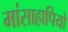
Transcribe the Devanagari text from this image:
मांसाहापियों